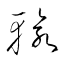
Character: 輸